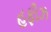
હફીઝ